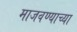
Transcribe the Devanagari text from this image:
माजवण्याच्या